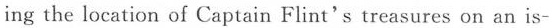
ing the location of Captain Flint's treasures on an is-